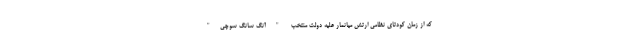
که از زمان کودتای نظامی ارتش میانمار علیه دولت منتخب "آنگ سانگ سوچی"